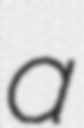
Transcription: a